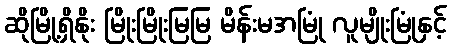
ဆိုမြို့ရှိနိုး မြိုးမြိုးမြမြ မိန်းမအမြုံ လူမျိုးမြုံနှင့်